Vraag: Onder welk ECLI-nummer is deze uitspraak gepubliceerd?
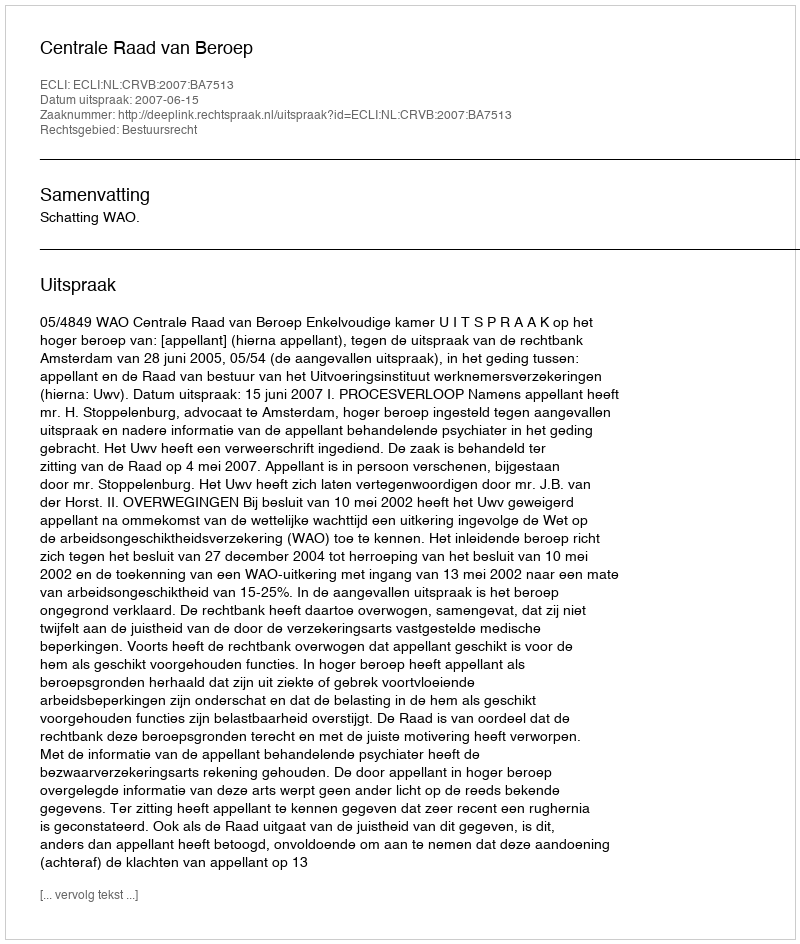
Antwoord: ECLI:NL:CRVB:2007:BA7513